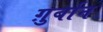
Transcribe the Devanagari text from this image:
ग़ुर्बान